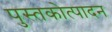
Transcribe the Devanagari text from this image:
पुस्तकोत्पादन